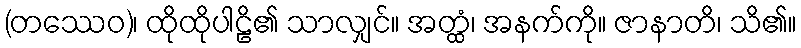
(တဿေဝ)၊ ထိုထိုပါဠိ၏ သာလျှင်။ အတ္ထံ၊ အနက်ကို။ ဇာနာတိ၊ သိ၏။